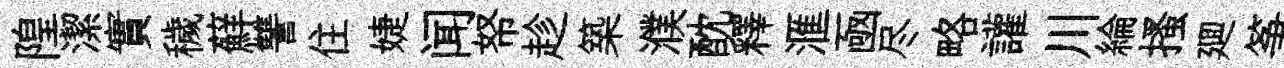
隍潔實穢蘚讐住婕闻帑趁築濮酖釋滙凾尽略讙川綸搔廽筝